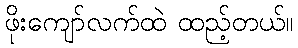
ဖိုးကျော်လက်ထဲ ထည့်တယ်။